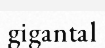
gigantal